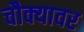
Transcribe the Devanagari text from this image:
चौक्यावर